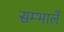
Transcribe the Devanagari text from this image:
सम्भालें